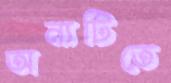
অন্যটিতে